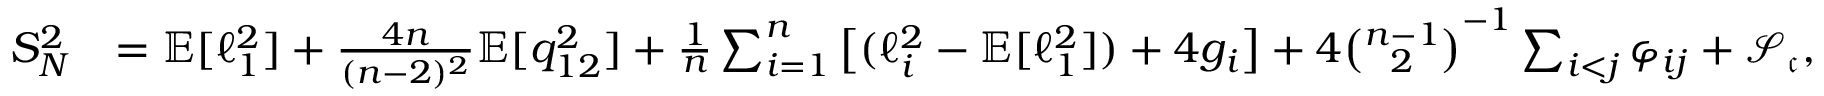
\begin{array} { r l } { S _ { N } ^ { 2 } } & { = \mathbb { E } [ \ell _ { 1 } ^ { 2 } ] + \frac { 4 n } { ( n - 2 ) ^ { 2 } } \mathbb { E } [ q _ { 1 2 } ^ { 2 } ] + \frac { 1 } { n } \sum _ { i = 1 } ^ { n } \big [ ( \ell _ { i } ^ { 2 } - \mathbb { E } [ \ell _ { 1 } ^ { 2 } ] ) + 4 g _ { i } \big ] + 4 \binom { n - 1 } { 2 } ^ { - 1 } \sum _ { i < j } \varphi _ { i j } + \mathcal { S } _ { \mathfrak { c } } , } \end{array}